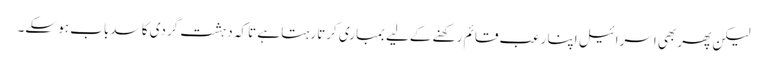
لیکن پھر بھی اسرائیل اپنا رعب قائم رکھنے کےلیے بمباری کرتا رہتا ہے تاکہ دہشت گردی کا سدباب ہو سکے۔